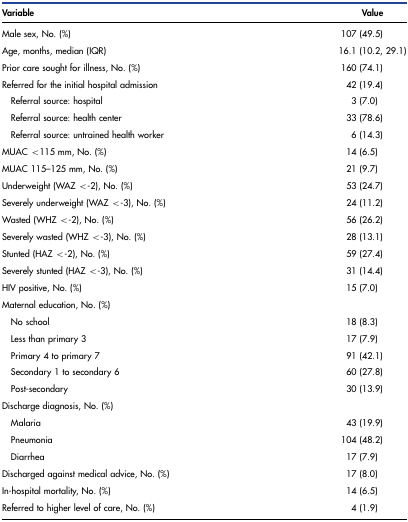
| Variable | Value |
 | --- | --- |
 | Male sex, No. (%) | 107 (49.5) |
 | Age, months, median (IQR) | 16.1 (10.2, 29.1) |
 | Prior care sought for illness, No. (%) | 160 (74.1) |
 | Referred for the initial hospital admission | 42 (19.4) |
 | Referral source: hospital | 3 (7.0) |
 | Referral source: health center | 33 (78.6) |
 | Referral source: untrained health worker | 6 (14.3) |
 | MUAC <115 mm, No. (%) | 14 (6.5) |
 | MUAC 115–125 mm, No. (%) | 21 (9.7) |
 | Underweight (WAZ <-2), No. (%) | 53 (24.7) |
 | Severely underweight (WAZ <-3), No. (%) | 24 (11.2) |
 | Wasted (WHZ <-2), No. (%) | 56 (26.2) |
 | Severely wasted (WHZ <-3), No. (%) | 28 (13.1) |
 | Stunted (HAZ <-2), No. (%) | 59 (27.4) |
 | Severely stunted (HAZ <-3), No. (%) | 31 (14.4) |
 | HIV positive, No. (%) | 15 (7.0) |
 | Maternal education, No. (%) |  |
 | No school | 18 (8.3) |
 | Less than primary 3 | 17 (7.9) |
 | Primary 4 to primary 7 | 91 (42.1) |
 | Secondary 1 to secondary 6 | 60 (27.8) |
 | Post-secondary | 30 (13.9) |
 | Discharge diagnosis, No. (%) |  |
 | Malaria | 43 (19.9) |
 | Pneumonia | 104 (48.2) |
 | Diarrhea | 17 (7.9) |
 | Discharged against medical advice, No. (%) | 17 (8.0) |
 | In-hospital mortality, No. (%) | 14 (6.5) |
 | Referred to higher level of care, No. (%) | 4 (1.9) |